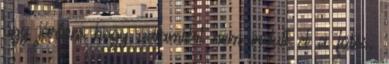
úgy jártam hogy valamiért nem indult el a fűtés.